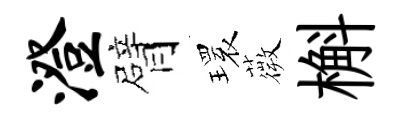
澄臂𤨔薇槲